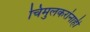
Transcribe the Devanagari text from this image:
चिमुलकरांनाही